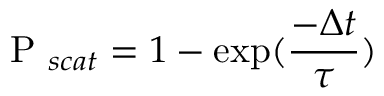
\textrm { P } _ { s c a t } = 1 - \exp ( \frac { - \Delta t } { \tau } )